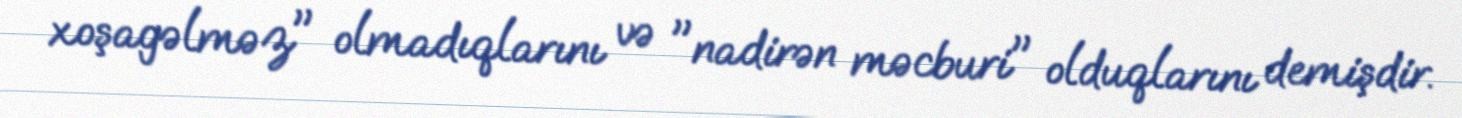
xoşagəlməz" olmadıqlarını və "nadirən məcburi" olduqlarını demişdir.